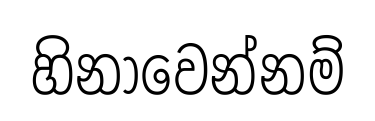
හිනාවෙන්නම්